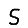
Digit: 5